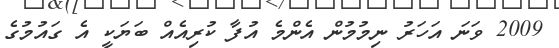
2009 ވަނަ އަހަރު ނިމުމުން އެންމެ އުފާ ކުރިއެއް ބަޔަކީ އެ ގައުމުގެ